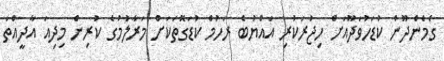
ގެމެންދޫން ކުޑަހުވަދޫއަށް ހިޖުރަކުރި އައްޔުބެ ރަހުމް ކުޑަގޮތަކަށް މަރާލުމުގެ ކުރިން މިދިއަ އާދީއްތަ